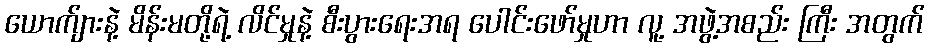
ယောက်ျားနဲ့ မိန်းမတို့ရဲ့ လိင်မှုနဲ့ စီးပွားရေးအရ ပေါင်းဖော်မှုဟာ လူ့ အဖွဲ့အစည်း ကြီး အတွက်